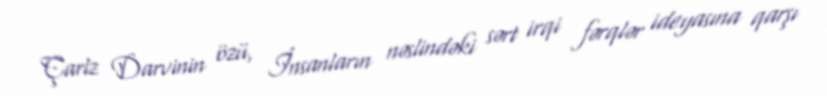
Çarlz Darvinin özü, İnsanların nəslindəki sərt irqi fərqlər ideyasına qarşı